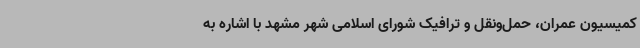
کمیسیون عمران، حمل‌ونقل و ترافیک شورای اسلامی شهر مشهد با اشاره به